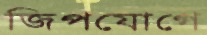
জিপযোগে